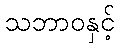
သဘာဝနှင့်